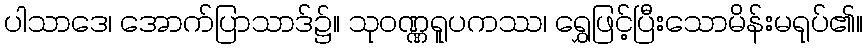
ပါသာဒေ၊ အောက်ပြာသာဒ်၌။ သုဝဏ္ဏရူပကဿ၊ ရွှေဖြင့်ပြီးသောမိန်းမရုပ်၏။